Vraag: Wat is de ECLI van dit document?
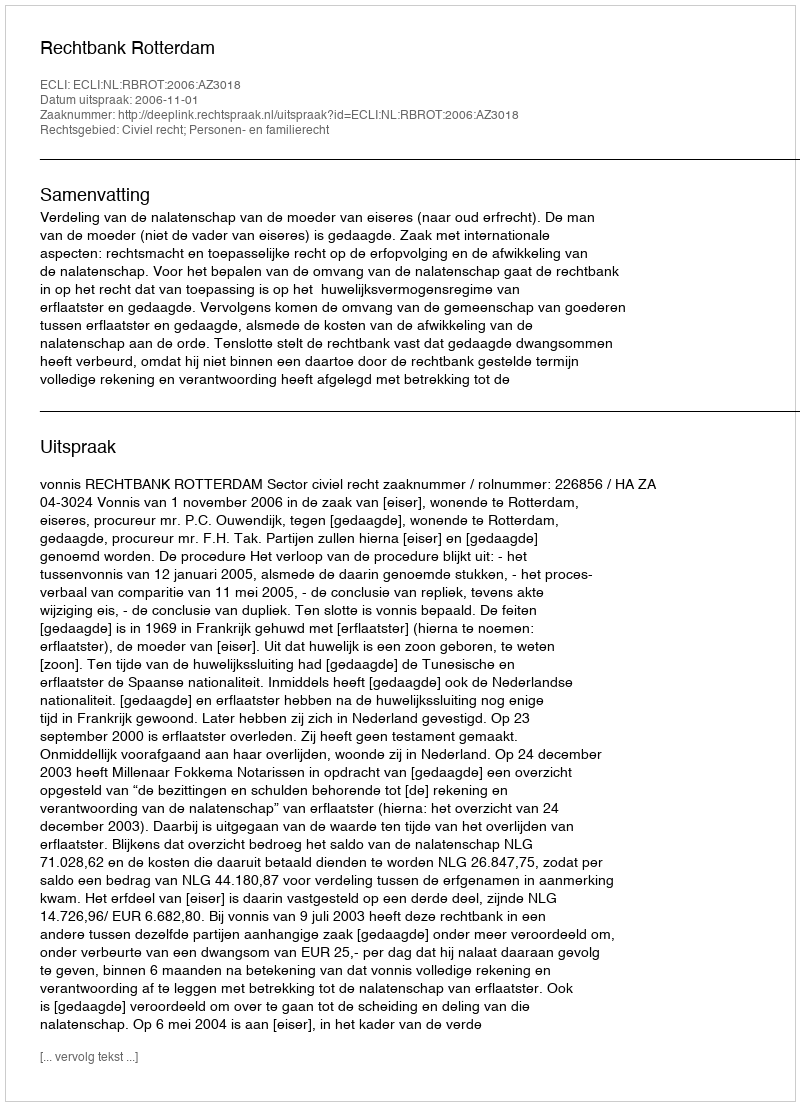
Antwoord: ECLI:NL:RBROT:2006:AZ3018